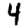
Digit: 4